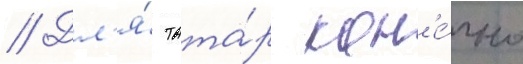
// Дл'я́ тата́р кон'е́чно